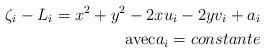
LaTeX: \begin{align*}\zeta_i-L_i=x^2+y^2-2xu_i-2yv_i+a_i \\\mbox{avec} a_i= constante \end{align*}